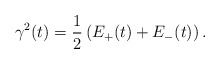
\begin{align*} \gamma^2(t)=\frac 12\left( E_+(t)+E_-(t)\right).\end{align*}